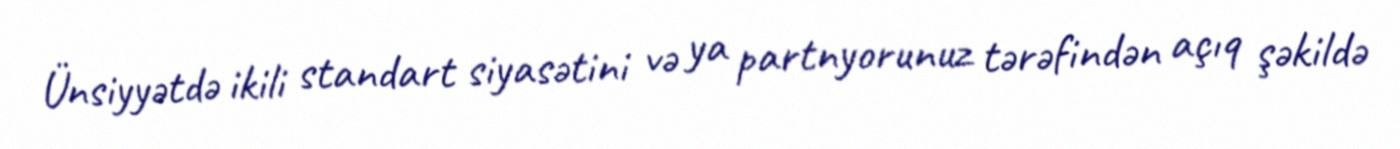
Ünsiyyətdə ikili standart siyasətini və ya partnyorunuz tərəfindən açıq şəkildə